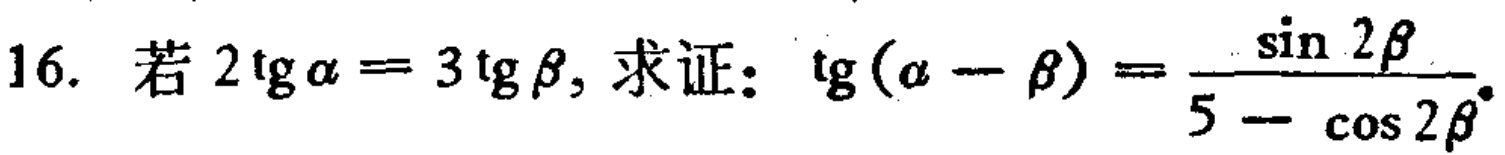
16. 若\(2\mathrm{tg}\alpha = 3\mathrm{tg}\beta\)，求证：\(\mathrm{tg}(\alpha - \beta)=\frac{\sin 2\beta}{5 - \cos 2\beta}\)。